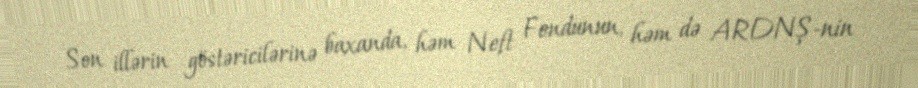
Son illərin göstəricilərinə baxanda, həm Neft Fondunun, həm də ARDNŞ-nin